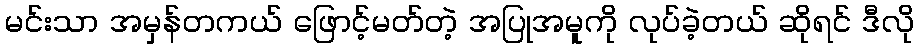
မင်းသာ အမှန်တကယ် ဖြောင့်မတ်တဲ့ အပြုအမူကို လုပ်ခဲ့တယ် ဆိုရင် ဒီလို